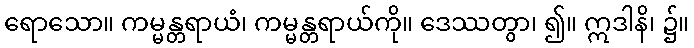
ရောသော။ ကမ္မန္တရာယံ၊ ကမ္မန္တရာယ်ကို။ ဒေဿတွာ၊ ၍။ ဣဒါနိ၊ ၌။